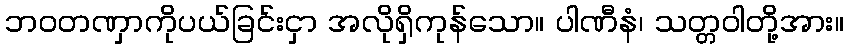
ဘဝတဏှာကိုပယ်ခြင်းငှာ အလိုရှိကုန်သော။ ပါဏီနံ၊ သတ္တဝါတို့အား။